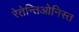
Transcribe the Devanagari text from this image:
रेतेन्तिओनिस्त